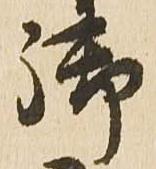
御